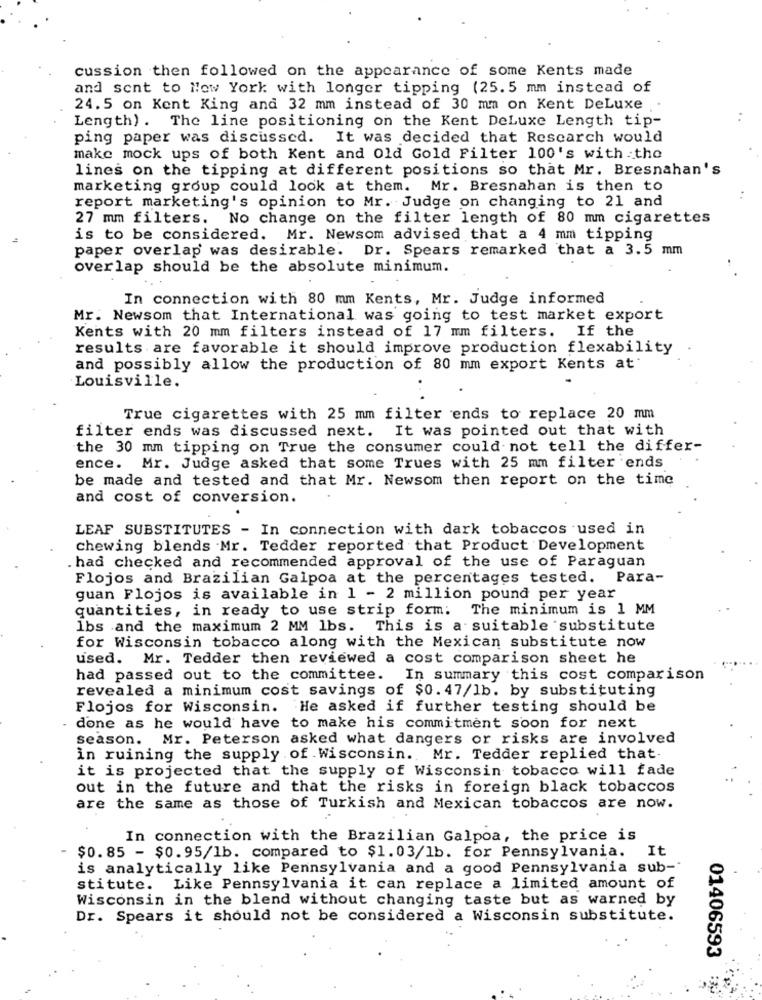
cussion then followed on the appearance of some Kents made
and sent to New York with longer tipping (25.5 mm instead of
24.5 on Kent King and 32 mm instead of 30 mm on Kent DeLuxe ..
Length) . The line positioning on the Kent DeLuxe Length tip-
ping paper was discussed. It was decided that Rescarch would
make mock ups of both Kent and Old Gold Filter 100's with the
lines on the tipping at different positions so that Mr. Bresnahan's
marketing group could look at them. Mr. Bresnahan is then to
report marketing's opinion to Mr. Judge on changing to 21 and
27 mm filters. No change on the filter length of 80 mm cigarettes
is to be considered. Mr. Newsom advised that a 4 mm tipping
paper overlap was desirable. Dr. Spears remarked that a 3.5 mm
overlap should be the absolute minimum.
In connection with 80 mm Kents, Mr. Judge informed
Mr. Newsom that International was going to test market export
Kents with 20 mm filters instead of 17 mm filters. If the
results are favorable it should improve production flexability
and possibly allow the production of 80 mm export Kents at
Louisville.
True cigarettes with 25 mm filter ends to replace 20 mm
filter ends was discussed next. It was pointed out that with
the 30 mm tipping on True the consumer could not tell the differ-
ence.
Mr. Judge asked that some Trues with 25 mm filter ends
be made and tested and that Mr. Newsom then report on the time
and cost of conversion.
LEAF SUBSTITUTES - In connection with dark tobaccos used in
chewing blends Mr. Tedder reported that Product Development
.had checked and recommended approval of the use of Paraguan
Flojos and Brazilian Galpoa at the percentages tested. Para-
guan Flojos is available in 1 - 2 million pound per year
quantities, in ready to use strip form: The minimum is 1 MM
lbs and the maximum 2 MM lbs. This is a suitable substitute
for Wisconsin tobacco along with the Mexican substitute now
used. Mr. Tedder then reviewed a cost comparison sheet he
had passed out to the committee. In summary this cost comparison
revealed a minimum cost savings of $0.47/1b. by substituting
Flojos for Wisconsin. He asked if further testing should be
done as he would have to make his commitment soon for next
season. Mr. Peterson asked what dangers or risks are involved
in ruining the supply of Wisconsin. Mr. Tedder replied that-
it is projected that the supply of Wisconsin tobacco will fade
out in the future and that the risks in foreign black tobaccos
are the same as those of Turkish and Mexican tobaccos are now.
In connection with the Brazilian Galpoa, the price is
$0.85 - $0.95/1b. compared to $1.03/1b. for Pennsylvania. It
is analytically like Pennsylvania and a good Pennsylvania sub-
stitute. Like Pennsylvania it can replace a limited amount of
Wisconsin in the blend without changing taste but as warned by
Dr. Spears it should not be considered a Wisconsin substitute.
01406593